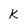
Character: k